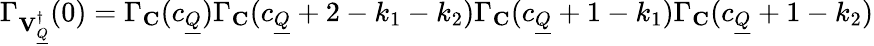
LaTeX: \Gamma_{{\mathbf{V}_{\underline{{Q}}}^{\dagger}}}(0)=\Gamma_{\mathbf{C}}(c_{\underline{{Q}}})\Gamma_{\mathbf{C}}(c_{\underline{{Q}}}+2-k_{1}-k_{2})\Gamma_{\mathbf{C}}(c_{\underline{{Q}}}+1-k_{1})\Gamma_{\mathbf{C}}(c_{\underline{{Q}}}+1-k_{2})